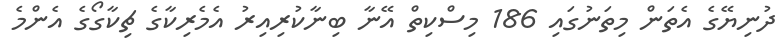
ދުނިޔޭގެ އެތަން މިތަނުގައި 186 މިސްކިތް އޭނާ ބިނާކުރިއިރު އެމެރިކާގެ ޗިކާގޯގެ އެންމެ